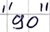
Text: "90"